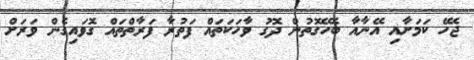
ޖެހޭ ކަމަށާއި އޭނާއާ ބެހޭގޮތުން ދޮގު ވާހަކަތައް ފަތުރާ ފަރާތްތައް ގޮވައިގެން ވަރަށް